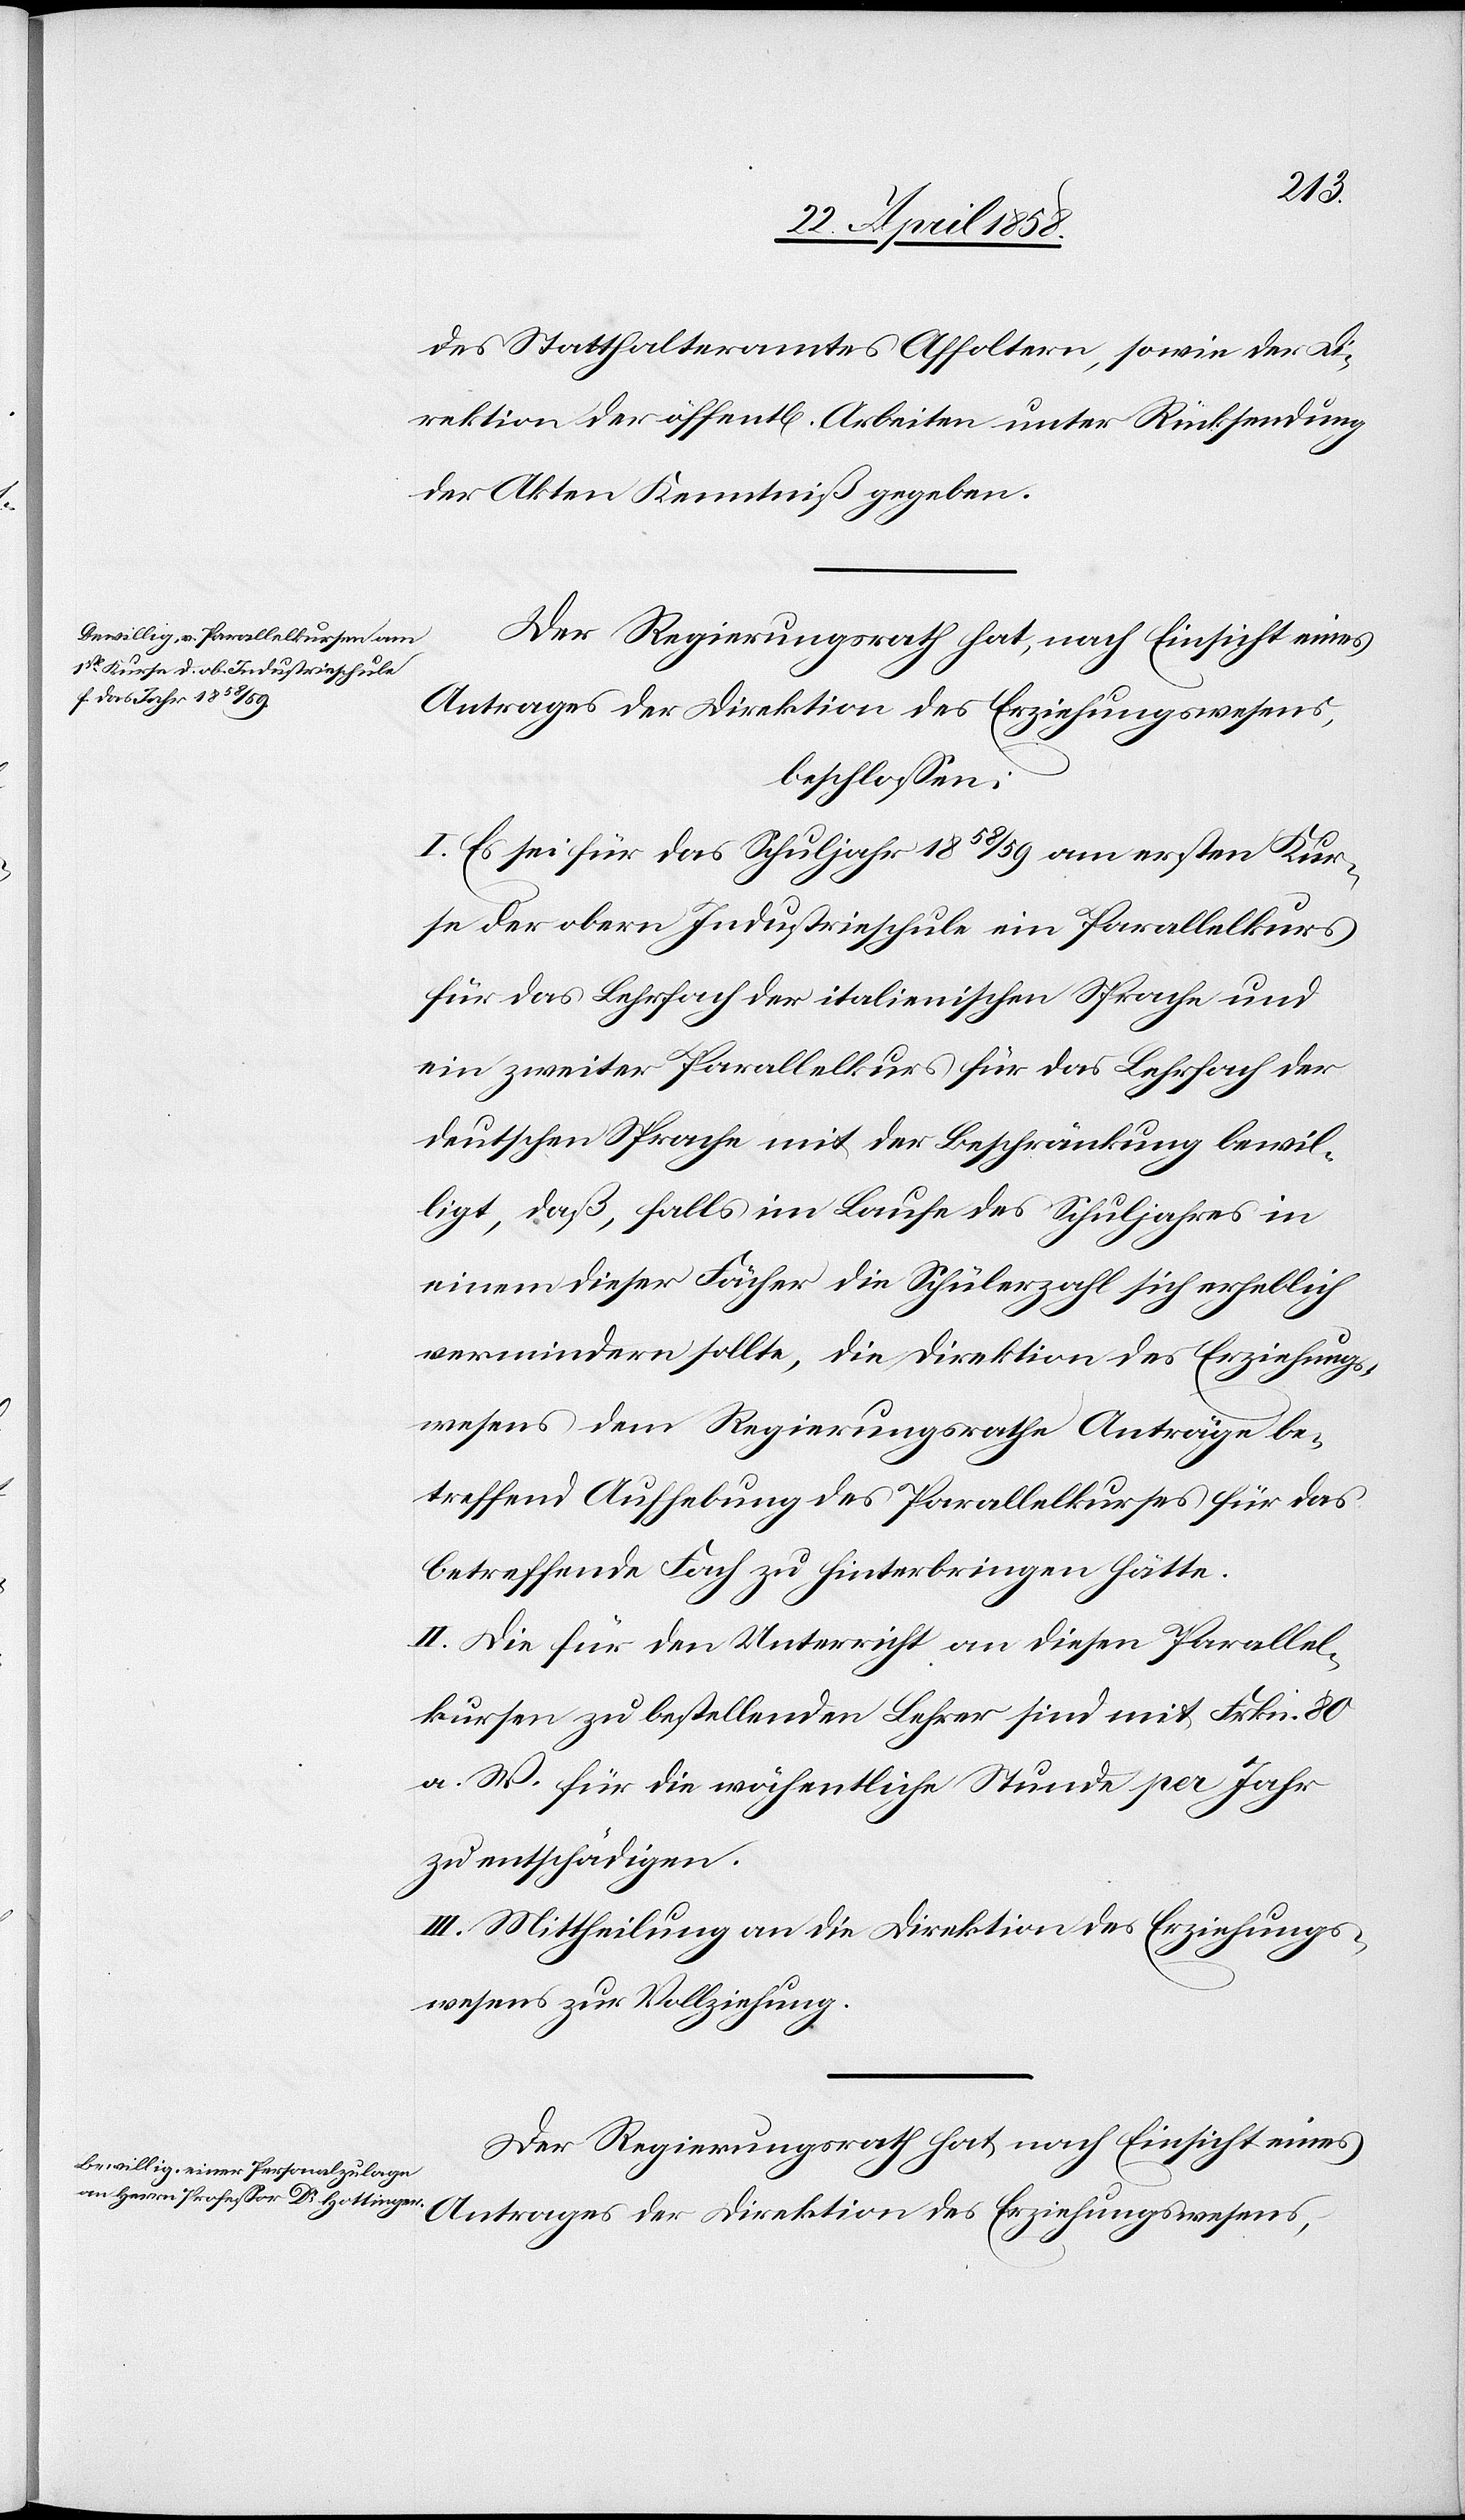
des Statthalteramtes Affoltern, sowie der D¬
irektion der öffent[lichen] Arbeiten unter Rücksendung
der Akten Kenntniß gegeben.
Der Regierungsrath hat, nach Einsicht eines
Antrages der Direktion des Erziehungswesens,
beschlossen:
I. Es sei für das Schuljahr 1858/59 am ersten Kur¬
se der obern Industrieschule ein Parallelkurs
für das Lehrfach der italienischen Sprache und
ein zweiter Parallelkurs für das Lehrfach der
deutschen Sprache mit der Beschränkung bewil¬
ligt, daß, falls im Laufe des Schuljahres in
einem dieser Fächer die Schülerzahl sich erheblich
vermindern sollte, die Direktion des Erziehungs¬
wesens dem Regierungsrathe Anträge be¬
treffend Aufhebung des Parallelkurses für das
betreffende Fach zu hinterbringen hätte.
II. Die für den Unterricht an diesen Parallel¬
kursen zu bestellenden Lehrer sind mit Frkn. 80
a. W. für die wöchentliche Stunde per Jahr
zu entschädigen.
III. Mittheilung an die Direktion des Erziehungs¬
wesens zur Vollziehung.
Der Regierungsrath hat nach Einsicht eines
Antrages der Direktion des Erziehungswesens,